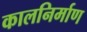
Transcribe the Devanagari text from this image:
कालनिर्माण